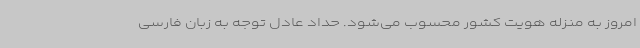
امروز به منزله هویت کشور محسوب می‌شود. حداد عادل توجه به زبان فارسی